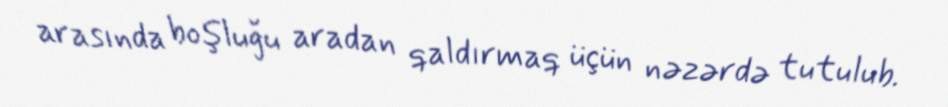
arasında boşluğu aradan qaldırmaq üçün nəzərdə tutulub.